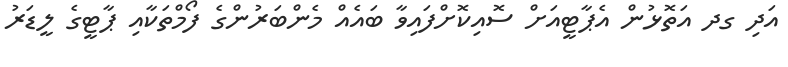
އަދި ގދ އަތޮޅުން އެޕާޓީއަށް ސޮއިކޮށްފައިވާ ބައެއް މެންބަރުންގެ ފޯމްތަކާއި ޕާޓީގެ ލީޑަރު